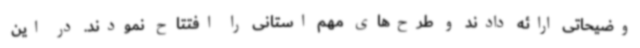
وضیحاتی ارائه دادند و طرح‌های مهم استانی را افتتاح نمودند. در این